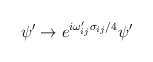
\begin{align*}\psi'\to e^{i\omega_{ij}'\sigma_{ij}/4}\psi'\end{align*}